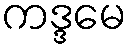
ကဒ္ဒမေ